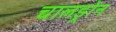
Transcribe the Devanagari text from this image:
चालड्रोन